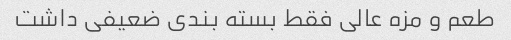
طعم و مزه عالی فقط بسته بندی ضعیفی داشت